Report on the metropolitan horse fairs and district horse shows of 1892-93 - 1892-1893
Year: 1892
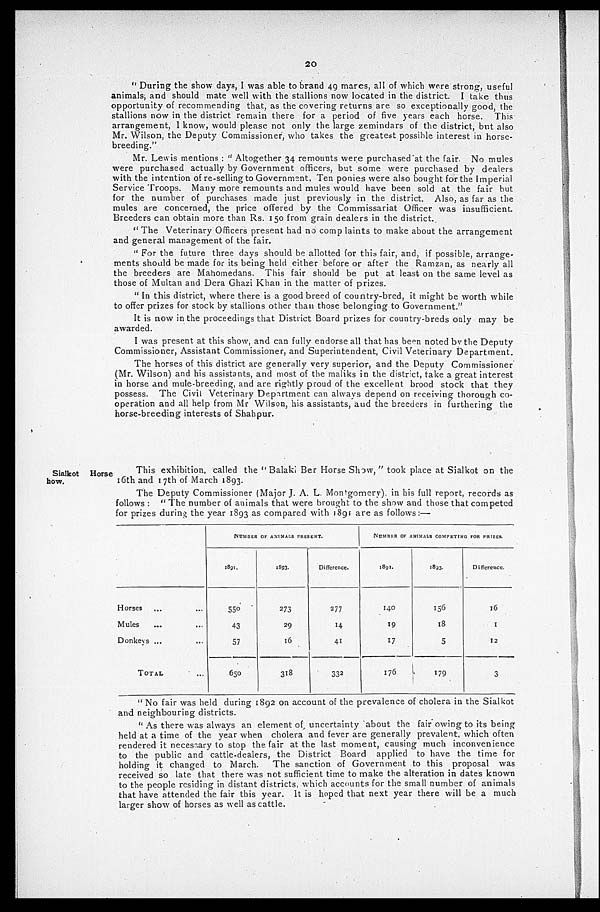
20
"During the show days, I was able to brand 49 mares, all of which were strong, useful
animals, and should mate well with the stallions now located in the district. I take thus
opportunity of recommending that, as the covering returns are so exceptionally good, the
stallions now in the district remain there for a period of five years each horse. This
arrangement, I know, would please not only the large zemindars of the district, but also
Mr. Wilson, the Deputy Commissioner, who takes the greatest possible interest in horse-
breeding."
Mr. Lewis mentions: "Altogether 34 remounts were purchased at the fair. No mules
were purchased actually by Government officers, but some were purchased by dealers
with the intention of re-selling to Government, Ten ponies were also bought for the Imperial
Service Troops. Many more remounts and mules would have been sold at the fair but
for the number of purchases made just previously in the district. Also, as far as the
mules are concerned, the price offered by the Commissariat Officer was insufficient.
Breeders can obtain more than Rs. 150 from grain dealers in the district.
"The Veterinary Officers present had no complaints to make about the arrangement
and general management of the fair.
"For the future three days should be allotted for this fair, and, if possible, arrange-
ments should be made for its being held either before or after the Ramzan, as nearly all
the breeders are Mahomedans. This fair should be put at least on the same level as
those of Multan and Dera Ghazi Khan in the matter of prizes.
"In this district, where there is a good breed of country-bred, it might be worth while
to offer prizes for stock by stallions other than those belonging to Government."
It is now in the proceedings that District Board prizes for country-breds only may be
awarded.
I was present at this show, and can fully endorse all that has been noted by the Deputy
Commissioner, Assistant Commissioner, and Superintendent, Civil Veterinary Department.
The horses of this district are generally very superior, and the Deputy Commissioner
(Mr. Wilson) and his assistants, and most of the maliks in the district, take a great interest
in horse and mule-breeding, and are rightly proud of the excellent brood stock that they
possess. The Civil Veterinary Department can always depend on receiving thorough co-
operation and all help from Mr Wilson, his assistants, and the breeders in furthering the
horse-breeding interests of Shahpur.
Sialkot Horse
how.
This exhibition, called the "Balaki Ber Horse Show," took place at Sialkot on the
16th and 17th of March 1893.
The Deputy Commissioner (Major J. A. L. Montgomery), in his full report, records as
follows: "The number of animals that were brought to the show and those that competed
for prizes during the year 1893 as compared with 1891 are as follows:—
Horses ... ...
Mules ... ...
Donkeys ... ...
TOTAL
NUMBER OF ANIMALS PRESENT.
1891.
550
43
57
650
1893.
273
29
16
318
Difference.
277
14
41
332
NUMBER OF ANIMALS COMPETING FOR PRIZES.
1891.
140
19
17
176
1893.
156
18
5
179
Difference.
16
1
12
3
"No fair was held during 1892 on account of the prevalence of cholera in the Sialkot
and neighbouring districts.
"As there was always an element of uncertainty about the fair owing to its being
held at a time of the year when cholera and fever are generally prevalent, which often
rendered it necessary to stop the fair at the last moment, causing much inconvenience
to the public and cattle-dealers, the District Board applied to have the time for
holding it changed to March. The sanction of Government to this proposal was
received so late that there was not sufficient time to make the alteration in dates known
to the people residing in distant districts, which accounts for the small number of animals
that have attended the fair this year. It is hoped that next year there will be a much
larger show of horses as well as cattle.